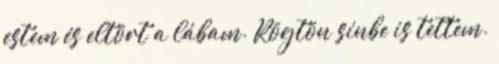
estem és eltört a lábam. Rögtön sínbe is tettem.